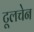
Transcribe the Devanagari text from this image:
टूलचेन